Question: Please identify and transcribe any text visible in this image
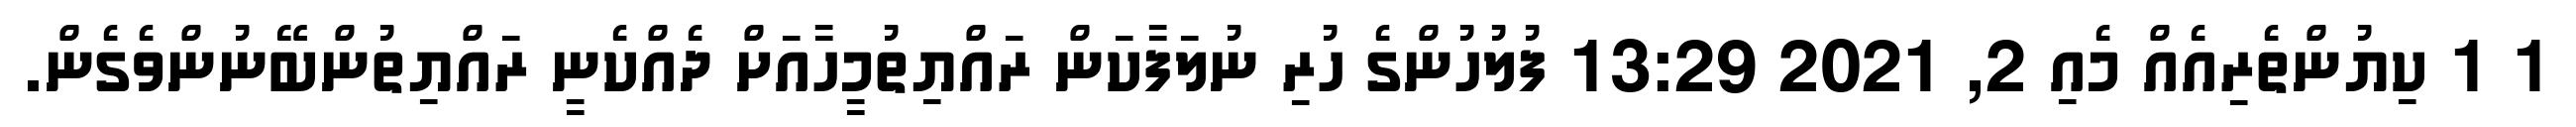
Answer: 1 1 ކިޔުންތެރިއެއް މެއި 2, 2021 13:29 ފުލުހުންގެ ހުރި ނުލަފާކަން ރައްޔިތުމީހާއަށް ދެއްކެނީ ރައްޔިތުންބޭނުންވެގެން.